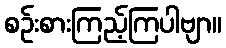
စဉ်းစားကြည့်ကြပါဗျာ။